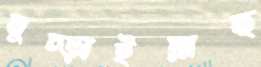
মুচ্‌ড়াইয়াছ